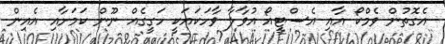
އެގޮތުން ވެމްކޯ އާއި އެސްޓީއޯ އުވާލާ ވާހަކައަކީ ހަގީގެއް ނޫން ކަމަށާއި އެއިން